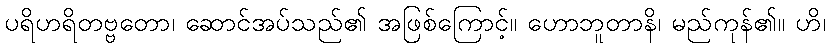
ပရိဟရိတဗ္ဗတော၊ ဆောင်အပ်သည်၏ အဖြစ်ကြောင့်။ ဟောဘူတာနိ၊ မည်ကုန်၏။ ဟိ၊